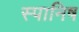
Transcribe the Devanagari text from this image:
स्पानिष